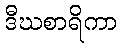
ဒီဃစာရိကာ